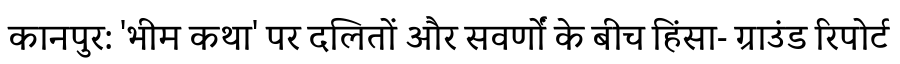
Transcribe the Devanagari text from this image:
कानपुर: 'भीम कथा' पर दलितों और सवर्णों के बीच हिंसा- ग्राउंड रिपोर्ट